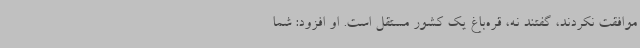
موافقت نکردند، گفتند نه، قره‌باغ یک کشور مستقل است. او افزود: شما